Civil Veterinary Dept. North-West Frontier Province 1933-46 - 1933-1946
Year: 1933
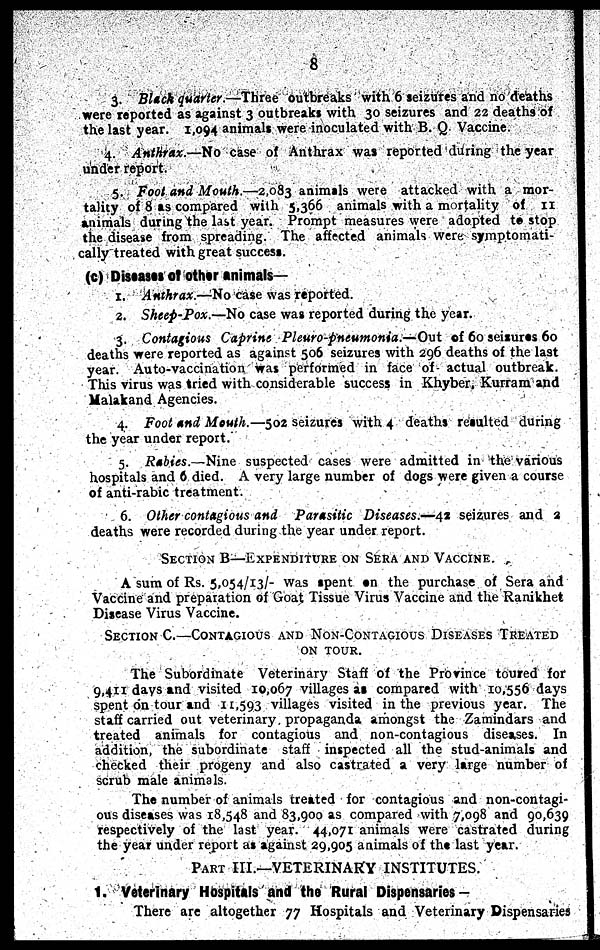
8
3. Black quarter.—Three outbreaks with 6 seizures and no deaths
were reported as against 3 outbreaks with 30 seizures and 22 deaths of
the last year. 1,094 animals were inoculated with B. Q. Vaccine.
4. Anthrax.—No case of Anthrax was reported during the year
under report.
5. Foot and Mouth.—2,083 animals were attacked with a mor-
tality of 8 as compared with 5,366 animals with a mortality of 11
animals during the last year. Prompt measures were adopted to stop
the disease from spreading. The affected animals were symptomati-
cally treated with great success.
(c) Diseases of other animals—
1. Anthrax.—No case was reported.
2. Sheep-Pox.—No case was reported during the year.
3. Contagious Caprine Pleuro-pneumonia.—Out of 60 seizures 60
deaths were reported as against 506 seizures with 296 deaths of the last
year. Auto-vaccination was performed in face of actual outbreak.
This virus was tried with considerable success in Khyber, Kurram and
Malakand Agencies.
4. Foot and Mouth.—502 seizures with 4 deaths resulted during
the year under report.
5. Rabies.—Nine suspected cases were admitted in the various
hospitals and 6 died. A very large number of dogs were given a course
of anti-rabic treatment.
6. Other contagious and Parasitic Diseases.—42 seizures and 2
deaths were recorded during the year under report.
SECTION B—EXPENDITURE ON SERA AND VACCINE.
A sum of Rs. 5,054/13/- was spent an the purchase of Sera and
Vaccine and preparation of Goat Tissue Virus Vaccine and the Ranikhet
Disease Virus Vaccine.
SECTION C.—CONTAGIOUS AND NON-CONT
ON TOUR.
The Subordinate Veterinary Staff of the Province toured for
9,411 days and visited 10,067 villages as compared with 10,556 days
spent on tour and 11,593 villages visited in the previous year. The
staff carried out veterinary propaganda amongst the Zamindars and
treated animals for contagious and non-contagious diseases. In
addition, the subordinate staff inspected all the stud-animals and
checked their progeny and also castrated a very large number of
scrub male animals.
The number of animals treated for contagious and non-contagi-
ous diseases was 18,548 and 83,900 as compared with 7,098 and 90,639
respectively of the last year. 44,071 animals were castrated during
the year under report as against 29,905 animals of the last year.
PART III.—VETERINARY INSTITUTES.
1. Veterinary Hospitals and the Rural Dispensaries —
There are altogether 77 Hospitals and Veterinary Dispensaries